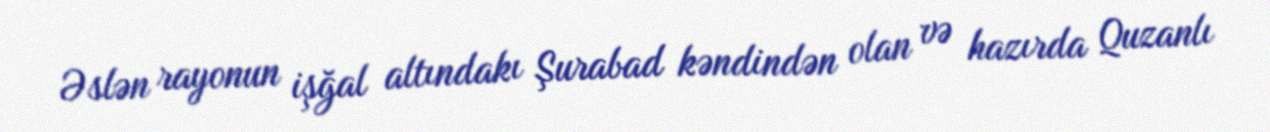
Əslən rayonun işğal altındakı Şurabad kəndindən olan və hazırda Quzanlı